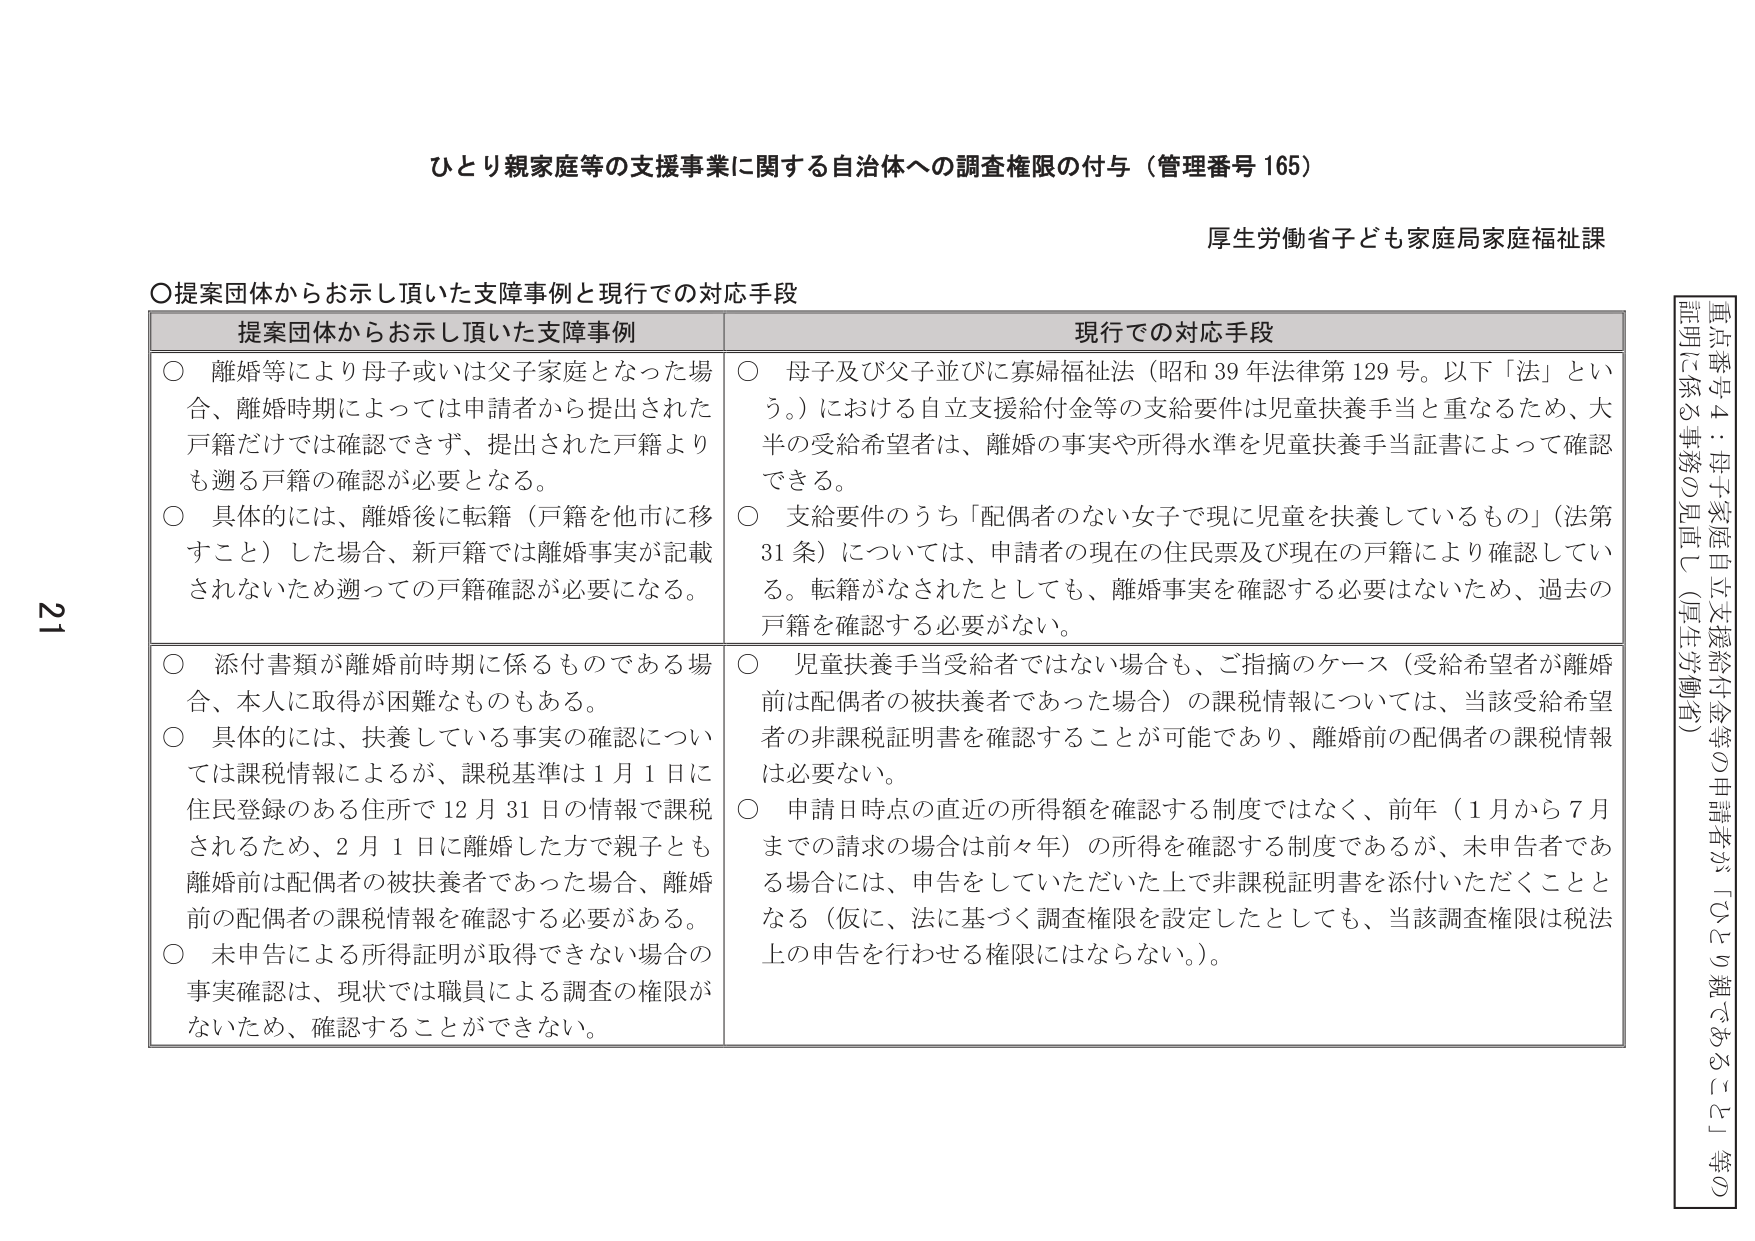
ひとり親家庭等の支援事業に関する自治体への調査権限の付与（管理番号 165）

厚生労働省子ども家庭局家庭福祉課

〇提案団体からお示し頂いた支障事例と現行での対応手段

提案団体からお示し頂いた支障事例　　　　　　　　　　　　　　　　　　　現行での対応手段

○ 離婚等により母子或いは父子家庭となった場合、離婚時期によっては申請者から提出された戸籍だけでは確認できず、提出された戸籍よりも遡る戸籍の確認が必要となる。

○ 具体的には、離婚後に転籍（戸籍を他市に移すこと）した場合、新戸籍では離婚事実が記載されないため遡っての戸籍確認が必要になる。

○ 添付書類が離婚前時期に係るものである場合、本人に取得が困難なものもある。

○ 具体的には、扶養している事実の確認については課税情報によるが、課税基準は1月1日に住民登録のある住所で12月31日の情報で課税されるため、2月1日に離婚した方で親子とも離婚前は配偶者の被扶養者であった場合、離婚前の配偶者の課税情報を確認する必要がある。

○ 未申告による所得証明が取得できない場合の事実確認は、現状では職員による調査の権限がないため、確認することができない。

○ 母子及び父子並びに寡婦福祉法（昭和39年法律第129号。以下「法」という。）における自立支援給付金等の支給要件は児童扶養手当と重なるため、大半の受給希望者は、離婚の事実や所得水準を児童扶養手当証書によって確認できる。

○ 支給要件のうち「配偶者のない女子で現に児童を扶養しているもの」（法第31条）については、申請者の現在の住民票及び現在の戸籍により確認している。転籍がなされたとしても、離婚事実を確認する必要はないため、過去の戸籍を確認する必要がない。

○ 児童扶養手当受給者ではない場合も、ご指摘のケース（受給希望者が離婚前は配偶者の被扶養者であった場合）の課税情報については、当該受給希望者の非課税証明書を確認することが可能であり、離婚前の配偶者の課税情報は必要ない。

○ 申請日時点の直近の所得額を確認する制度ではなく、前年（1月から7月までの請求の場合は前々年）の所得を確認する制度であるが、未申告者である場合には、申告をしていただいた上で非課税証明書を添付いただくこととなる（仮に、法に基づく調査権限を設定したとしても、当該調査権限は税法上の申告を行わせる権限にはならない。）。

重点番号4：母子家庭自立支援給付金等の申請者が「ひとり親であるこど」等の証明に係る事務の見直し（厚生労働省）

21